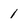
Character: 1